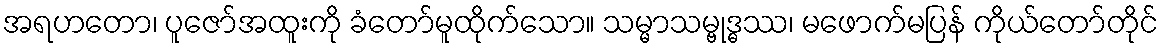
အရဟတော၊ ပူဇော်အထူးကို ခံတော်မူထိုက်သော။ သမ္မာသမ္ဗုဒ္ဓဿ၊ မဖောက်မပြန် ကိုယ်တော်တိုင်